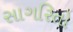
સાગરિતો